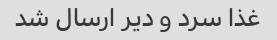
غذا سرد و دیر ارسال شد